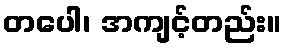
တပေါ၊ အကျင့်တည်း။